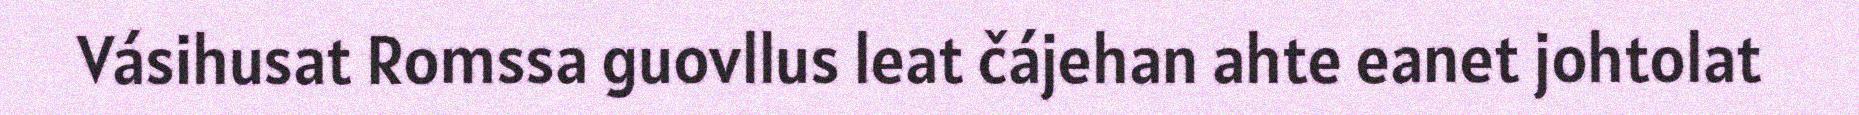
Vásihusat Romssa guovllus leat čájehan ahte eanet johtolat